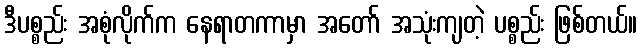
ဒီပစ္စည်း အစုံလိုက်က နေရာတကာမှာ အတော် အသုံးကျတဲ့ ပစ္စည်း ဖြစ်တယ်။